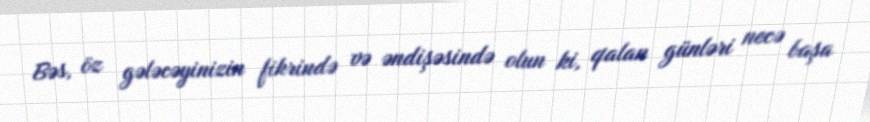
Bəs, öz gələcəyinizin fikrində və əndişəsində olun ki, qalan günləri necə başa